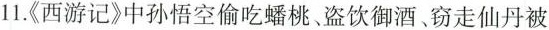
11.《西游记》中孙悟空偷吃蟠桃、盗饮御酒、窃走仙丹被